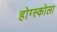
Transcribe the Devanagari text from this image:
होग्स्कोला